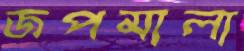
জপমালা